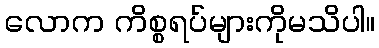
လောက ကိစ္စရပ်များကိုမသိပါ။